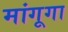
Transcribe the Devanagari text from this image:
मांगूगा